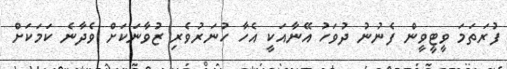
ފުރަތަމަ ވީޓީވީން ފެނުނު ދުވަހު އޭނާއަކީ އެހާ ހުނަރުވެރި ޒުވާނަކަށް ވެދާނެ ކަމަކަށް